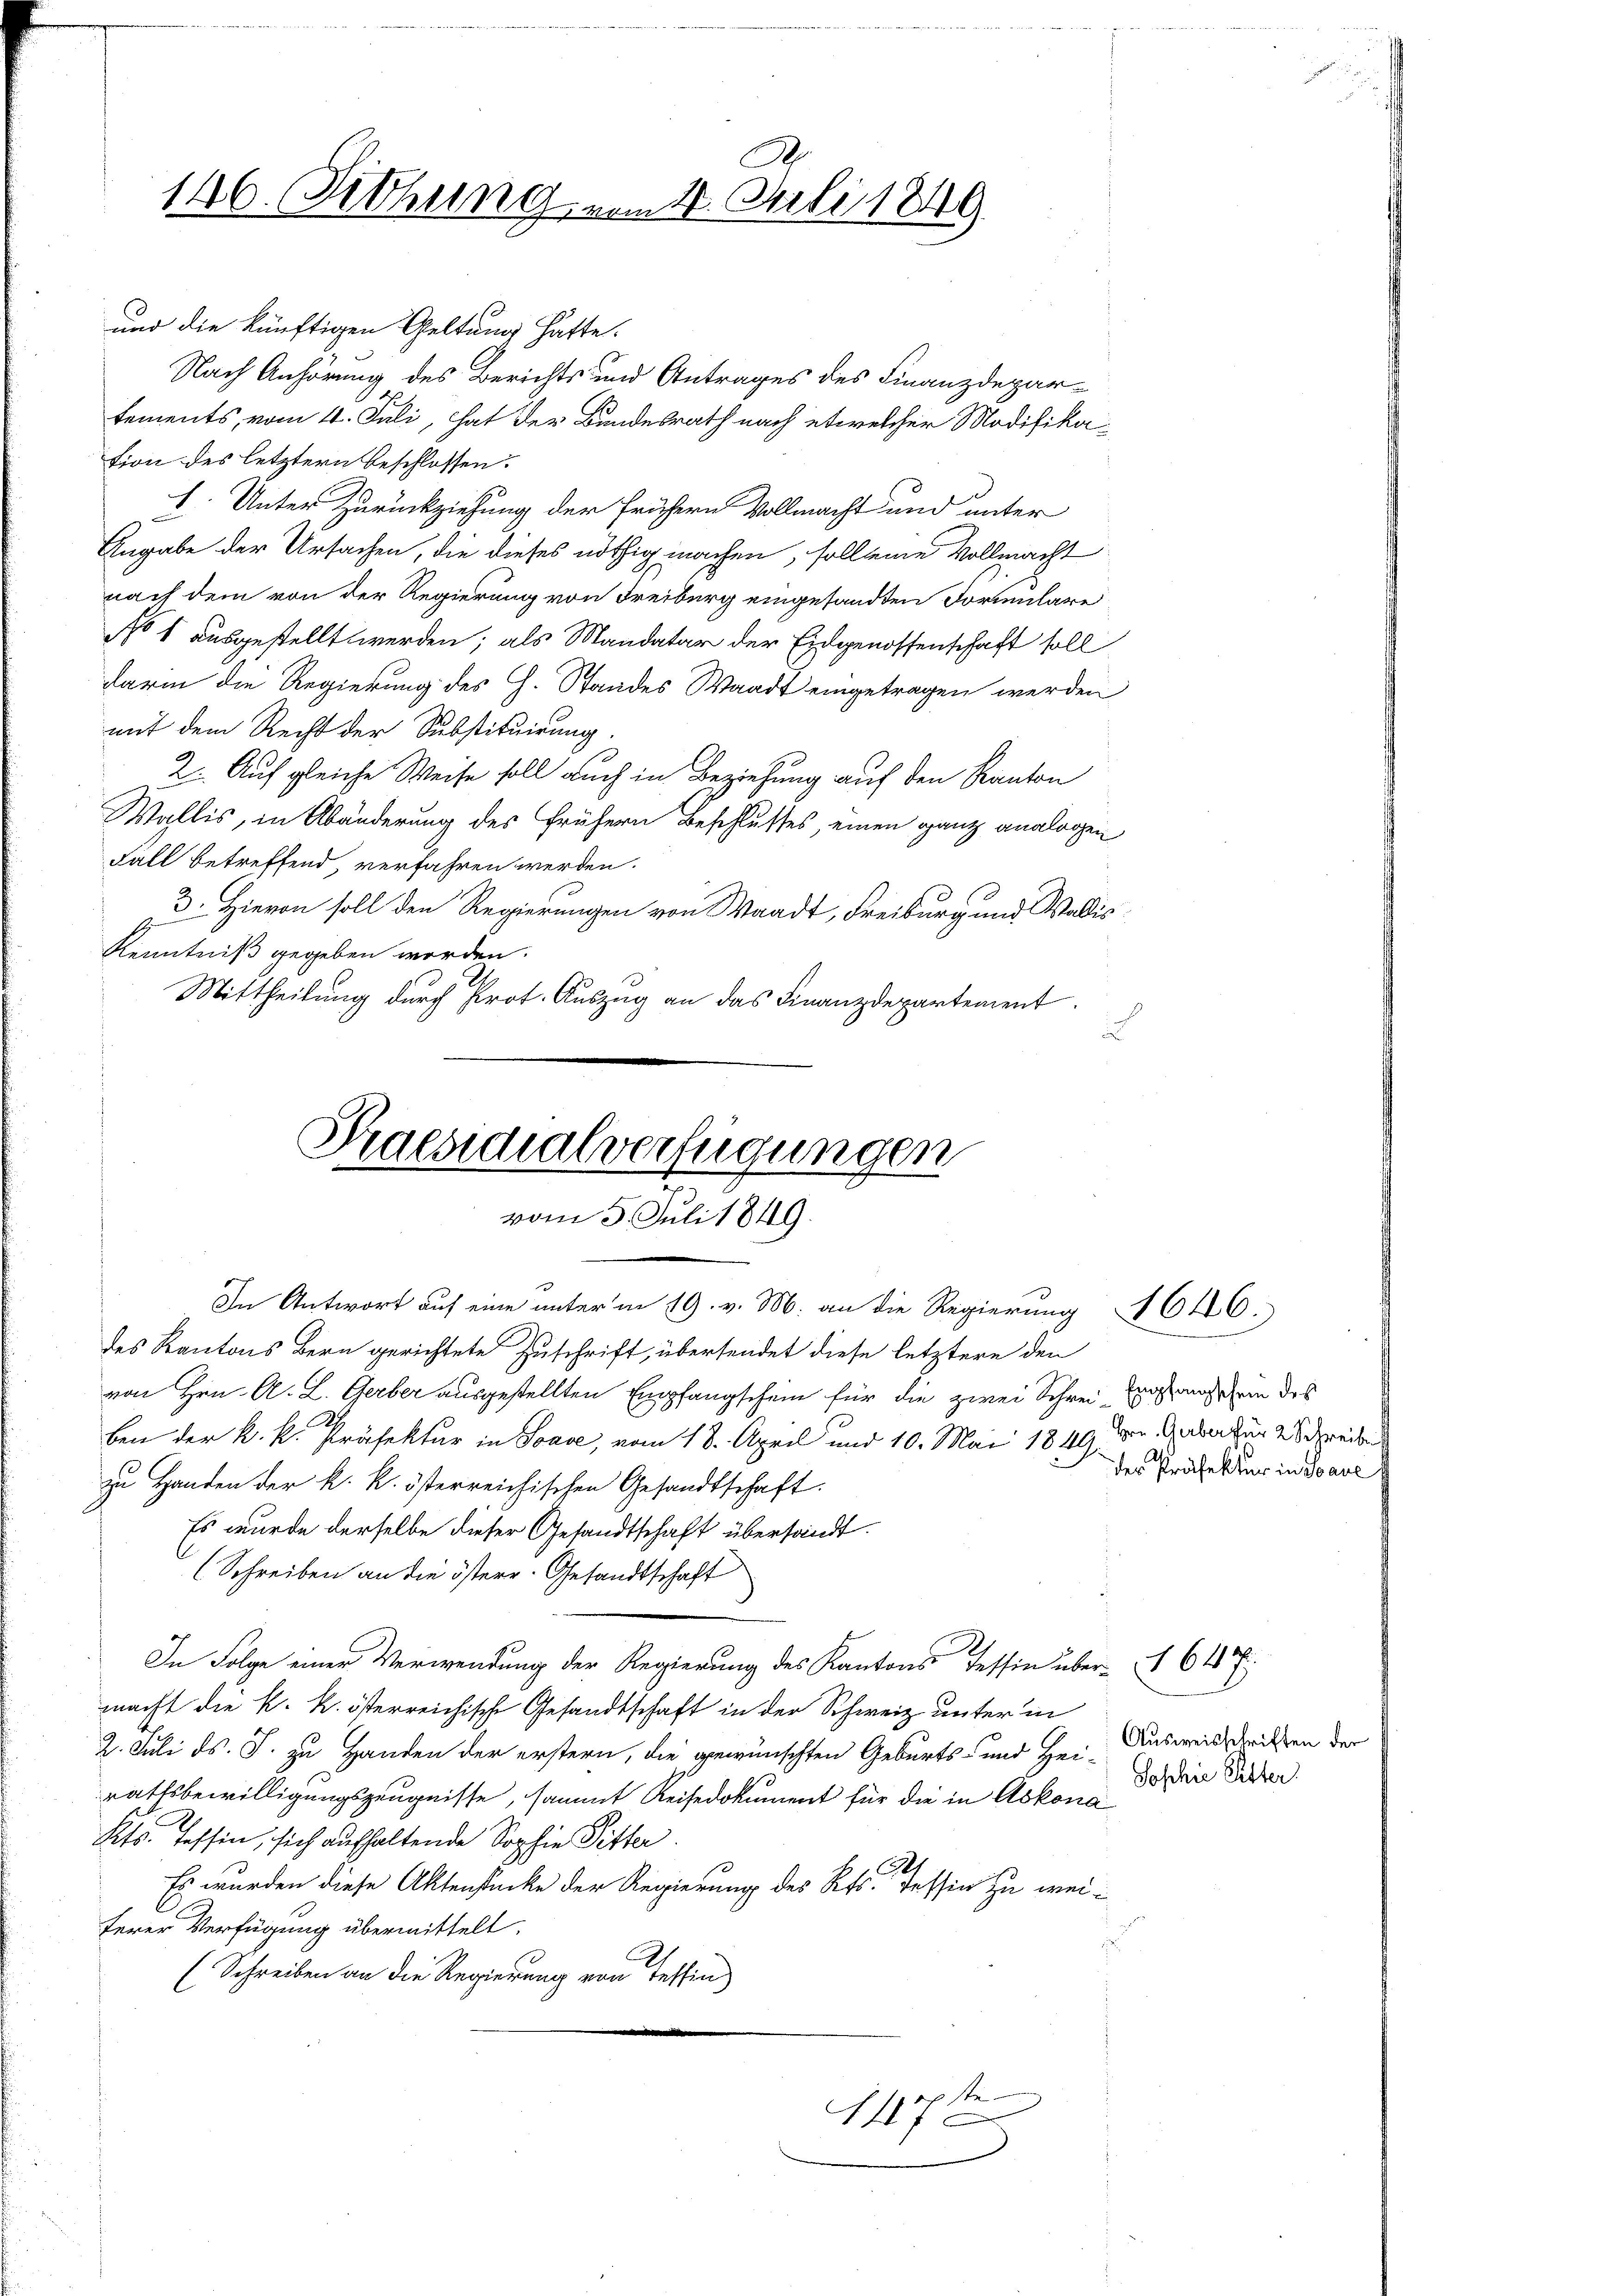
S
146. Othung vom 14. Juli 1849

und die künftigen Geltung hatte.
Nach Anhörung des Berichts und Antrages des Finanzdepartements, vom 4. Juli, hat der Bundesrath nach etwelcher Modifikation des letztern beschlossen:
I. Unter Zurückziehung der frühern Vollmacht und unter
Angabe der Ursachen, die dieses nöthig machen, soll eine Vollmacht
nach dem von der Regierung von Freiburg eingesandten Formulare
No 1 ausgestellt werden; als Mandatar der Eidgenossenschaft soll
darin die Regierung des H. Standes Waadt eingetragen werden
mit dem Recht der Substituirung.
2. Auf gleiche Weise soll auch in Beziehung auf den Kanton
Wallis, in Abänderung des frühern Beschlusses, einen ganz analogen
Fall betreffend, verfahren werden.
3. Hievon soll den Regierungen von Waadt, Freiburgung Wallis¬
Kenntniß gegeben worden.
.
Mittheilung durch Prot. Auszug an das Finanzdepartement.
d

Praesidialverfügungen
vom 5. Juli 1849.

117

In Antwort auf eine unterm 19. v. M. an die Regierung 646.
des Kantons Bern gerichtete Zuschrift, übersendet diese letztere den
von Hrn. A. L. Gerber ausgestellten Empfangschein für die zwei Schrei-Hausen des
ben der k. k. Präfektur in Joace, vom 18. April und 10. Mai 1849, von Geber für 20 Freibe
zu Handen der k. k. österreichischen Gesandtschaft.
Es wurde derselbe dieser Gesandtschaft übersandt.
(Schreiben an die österr. Gesandtschaft
In Folge einer Verwendung der Regierung des Kantons Tessin über 164
macht die k. k. österreichische Gesandtschaft in der Schweiz unter in
2. Juli d. J. zu Handen der erstern, die gewünschten Geburts- und Hei-Ausweisschriften der
rathsbewilligungszeugnisse, sammt Reisedokument für die in Askona
Kts. Tessin, sich aufhaltende Sophie Pitter
A.
Es wurden diese Aktenstücke der Regierung des Kts. Tessin zu wei-
terer Verfügung übermittelt.
s
(Schreiben an die Regierung von Tessin

der Präfektion in Save

Sophie Sitter.